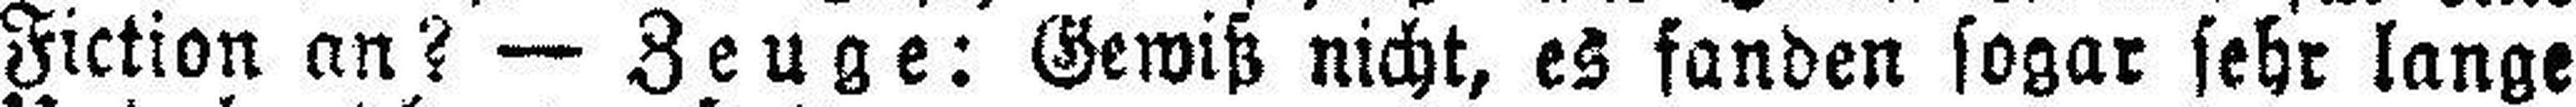
Fiction an? — Zeuge: Gewiß nicht, es fanden sogar sehr lange